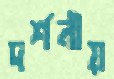
দর্শনীয়